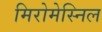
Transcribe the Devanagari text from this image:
मिरोमेस्निल